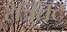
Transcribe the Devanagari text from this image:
शत्रुतट